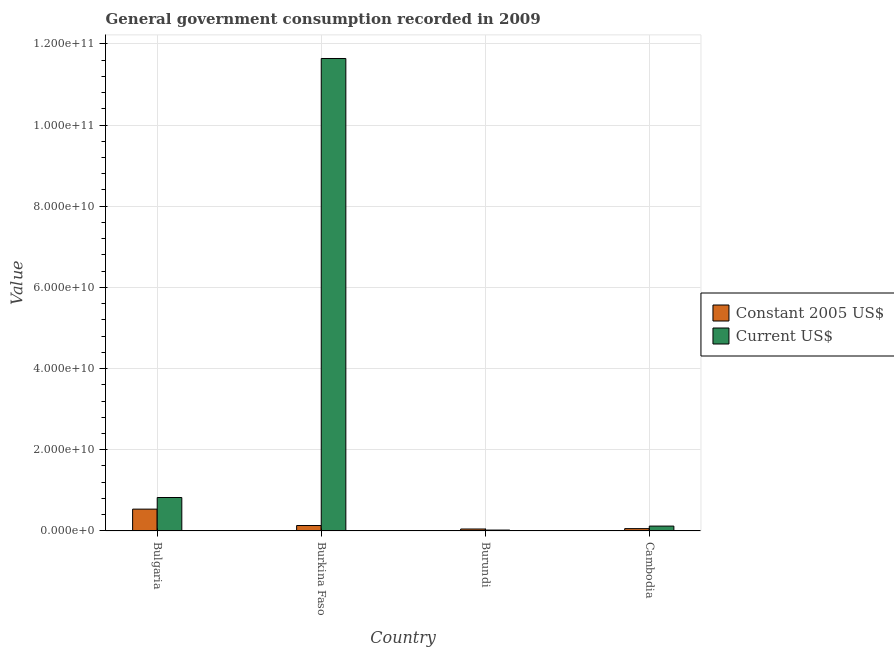
| Country | Constant 2005 US$ | Current US$ |
 | --- | --- | --- |
 | Bulgaria | 5.37e+09 | 8.24e+09 |
 | Burkina Faso | 1.33e+09 | 1.16e+11 |
 | Burundi | 4.75e+08 | 2.13e+08 |
 | Cambodia | 5.67e+08 | 1.2e+09 |